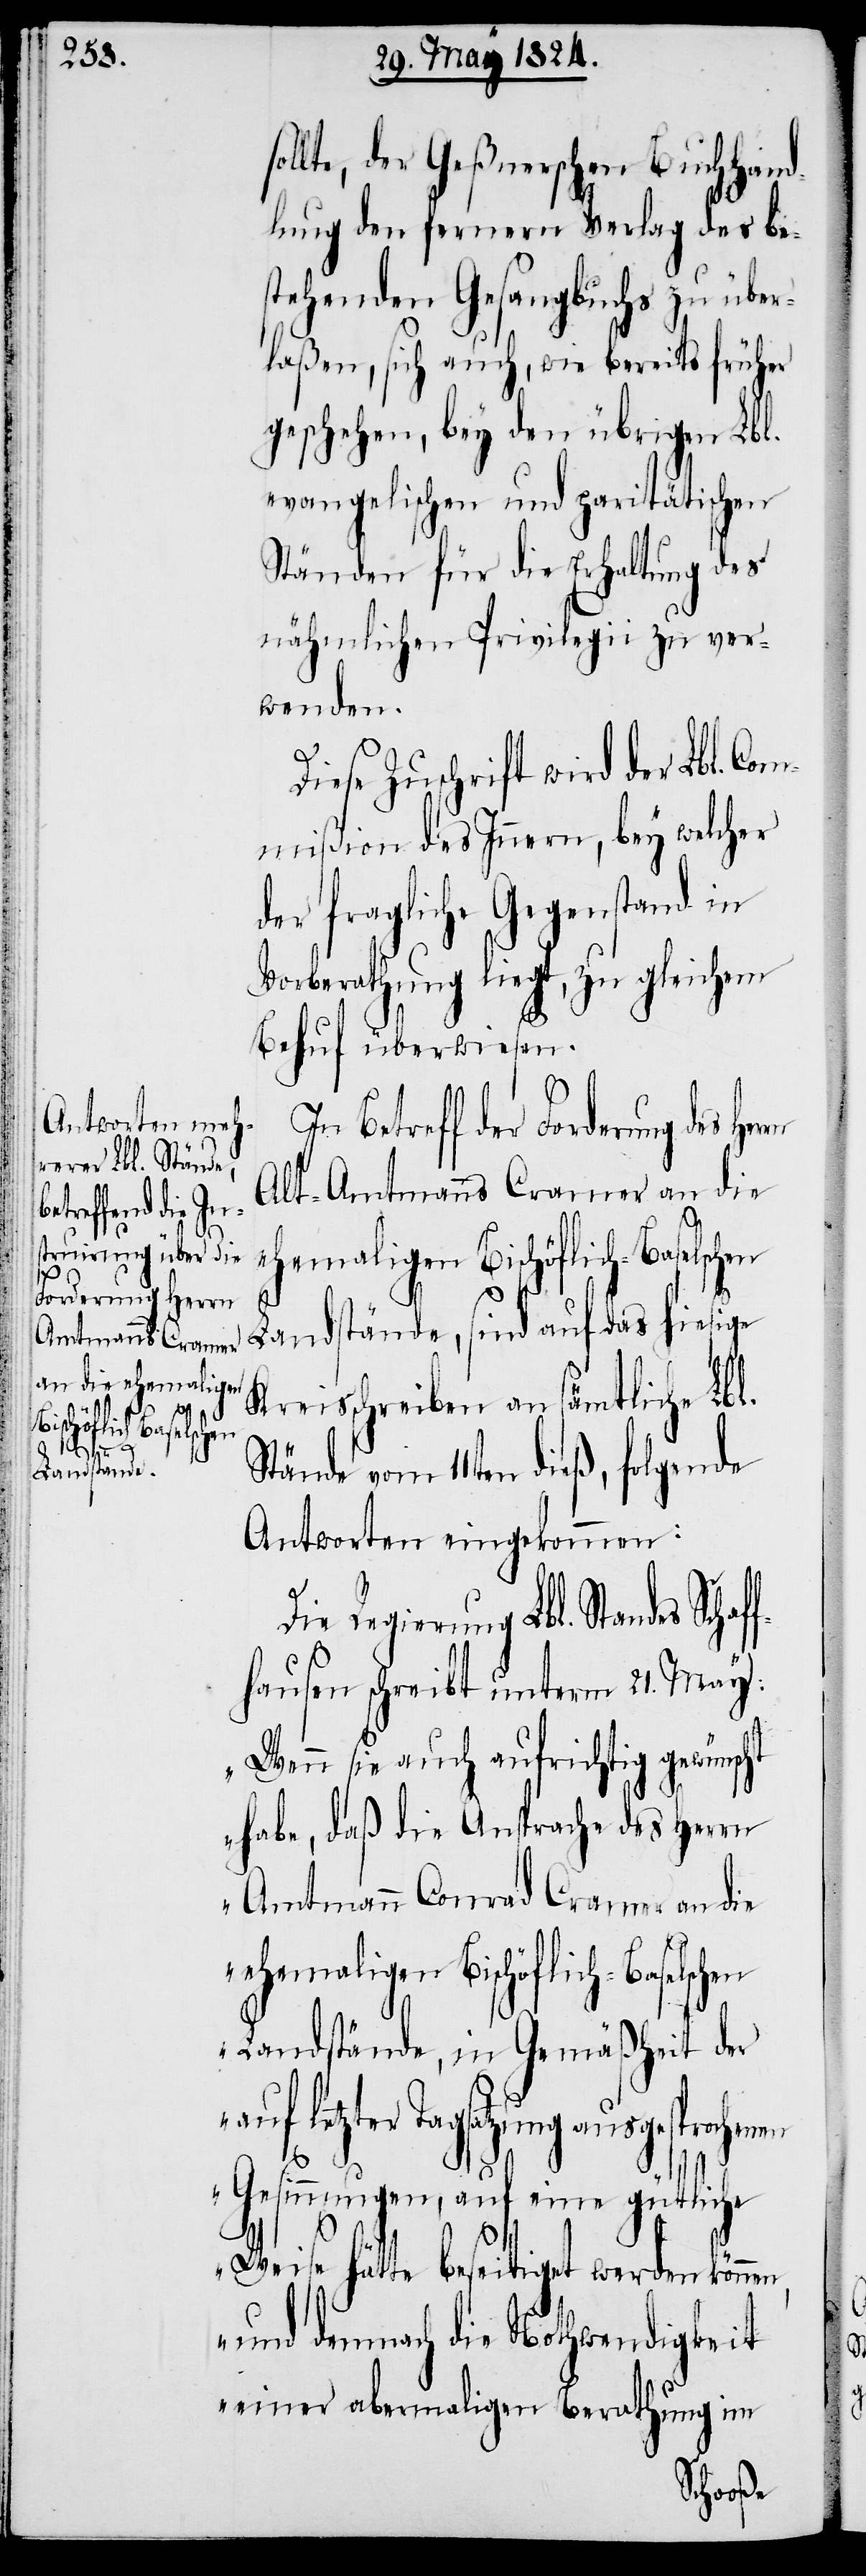
en,
g des Herrn

llte, der Geßnerschen Buchhand¬
lung den fernern Verlag des be¬
stehenden Gesangbuchs zu über¬
laßen, sich auch, wie bereits früher
geschehen, bey den übrigen Lbl.
evangelischen und paritätischen
Ständen für die Erhaltung des
nähmlichen Privilegii zu ver¬
wenden.
iese Zuschrift wird der Lbl. Com¬
mißion des Innern, bey welcher
der fragliche Gegenstand in
Vorberathung liegt, zu gleichem
Behuf überwiesen.
In Betreff der Forderun¬
Alt-Amtmanns Cramer an die
ehemaligen Bischöflich-Basel¬
Landstände, sind auf das hiesige
Kreisschreiben an sämtliche Lbl.
Stände vom 11ten dieß, folgende
Antworten eingekommen:
en
Die Regierung Lbl. Standes Schaff¬
hausen schreibt unterm 21. May:
„Wenn sie auch aufrichtig gewünscht
habe, daß die Ansprache des Herrn
Amtmann Conrad Cramer an die
Landstände, in Gemäßheit der
auf letzter Tagsatzung ausgesprochen¬
Gesinnungen, auf eine gütliche
Weise hätte beseitiget werden könn¬
und demnach die Nothwendigkeit
einer abermaligen Berathung im
schen